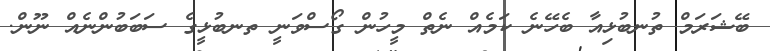
ބޭޝަރަމް ތުނބުޅިއާ ބެހޭނެ ކަމެއް ނެތް މީހުން ގޯސްވަނީ ތނބުޅީގެ ސަބަބުންނެއް ނޫން.